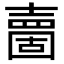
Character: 夁